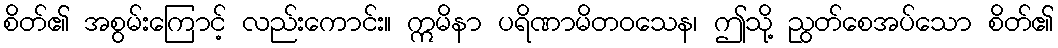
စိတ်၏ အစွမ်းကြောင့် လည်းကောင်း။ ဣမိနာ ပရိဏာမိတဝသေန၊ ဤသို့ ညွတ်စေအပ်သော စိတ်၏